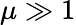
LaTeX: \mu\gg 1